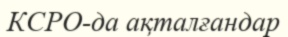
КСРО-да ақталғандар